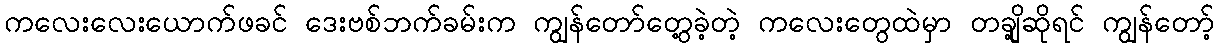
ကလေးလေးယောက်ဖခင် ဒေးဗစ်ဘက်ခမ်းက ကျွန်တော်တွေ့ခဲ့တဲ့ ကလေးတွေထဲမှာ တချို့ဆိုရင် ကျွန်တော့်